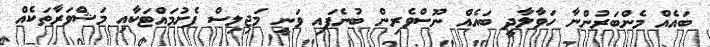
ބައެއް މެންބަރުންނާ ހަވާލާދީ ބައެއް ނޫސްވެރިން ބުނެފައި ވަނީ މަޖިލިސް ފެށުމައްޓަކާއި މަޝްވަރާތަކެއް